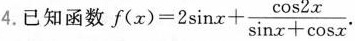
4.已知函数$$f ( x ) = 2 \sin x + \frac { \cos 2 x } { \sin x + \cos x }$$.